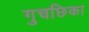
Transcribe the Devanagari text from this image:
गुचछिका